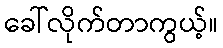
ခေါ်လိုက်တာကွယ့်။